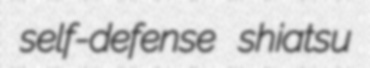
self-defense shiatsu